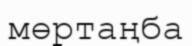
мөртаңба